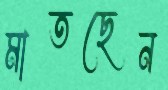
মাতছেন